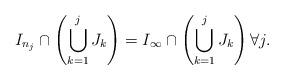
LaTeX: \begin{align*}I_{n_{j}}\cap\left(\bigcup_{k=1}^{j}J_{k}\right)=I_{\infty}\cap\left(\bigcup_{k=1}^{j}J_{k}\right)\forall j.\end{align*}